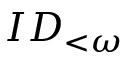
I D _ { < \omega }